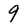
Character: 9